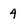
Character: 4